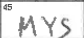
Transcription: MYS